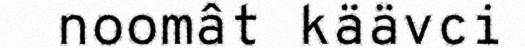
noomât käävci